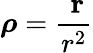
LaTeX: {\boldsymbol{\rho}}={\frac{\ \mathbf{r}}{r^{2}}}